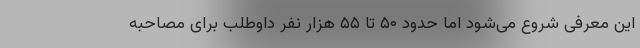
این معرفی شروع می‌شود اما حدود ۵۰ تا ۵۵ هزار نفر داوطلب برای مصاحبه